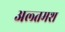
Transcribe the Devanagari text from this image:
अल्‍तमश